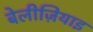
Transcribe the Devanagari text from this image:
बेलीज़ियाइ